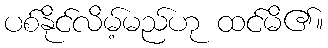
ပစ်နိုင်လိမ့်မည်ဟု ထင်မိ၏။